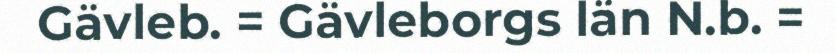
Gävleb. = Gävleborgs län N.b. =